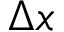
\Delta x